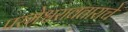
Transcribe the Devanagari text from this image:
परमेश्वरावताराचे